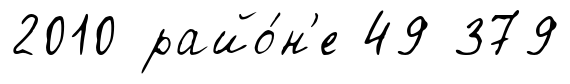
2010 райо́н'е 49 379